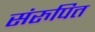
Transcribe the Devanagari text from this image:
संरुपित